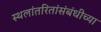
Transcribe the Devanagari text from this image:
स्थलांतरितांसंबंधीच्या